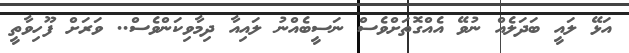
އަޅޭ ލައީ ބަދަލެއް ނުވޭ އެއްގޮތަށްވެސް ނަސީބެއްނު ލައިއާ ދިމާވިކަންވެސް.. ވަރަށް ފޫހިވާތީ